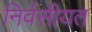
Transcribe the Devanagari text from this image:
निर्वसीयत